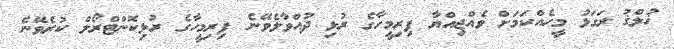
ޚުލްޤު ރަގަޅު މީހެއްކަމަށް ވެއްޖިއްޔާ ފިރިމީހާގެ ރުޅި ދުއްވާލެވޭނެ ފިރިމީހާގެ ރުޅިކޮންޓްރޯލް ކުރެވޭނެ